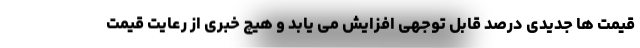
قیمت ها جدیدی درصد قابل توجهی افزایش می یابد و هیچ خبری از رعایت قیمت